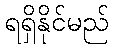
ရရှိနိုင်မည်